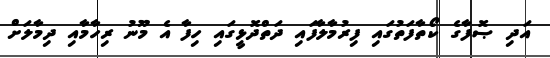
އަދި ޞޮފާގެ ކޯތާފަތުގައި ފިރުމާލާފައި ދަތްދޮޅީގައި ހިފާ އެ މޫނު ރިހާމާއި ދިމާލަށް